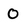
Character: 0